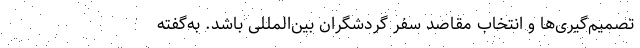
تصمیم‌گیری‌ها و انتخاب مقاصد سفر گردشگران بین‌المللی باشد. به‌گفته